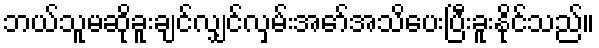
ဘယ်သူမဆိုခူးချင်လျှင်လှမ်းအော်အသိပေးပြီးခူးနိုင်သည်။